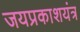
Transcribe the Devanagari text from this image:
जयप्रकाशयंत्र